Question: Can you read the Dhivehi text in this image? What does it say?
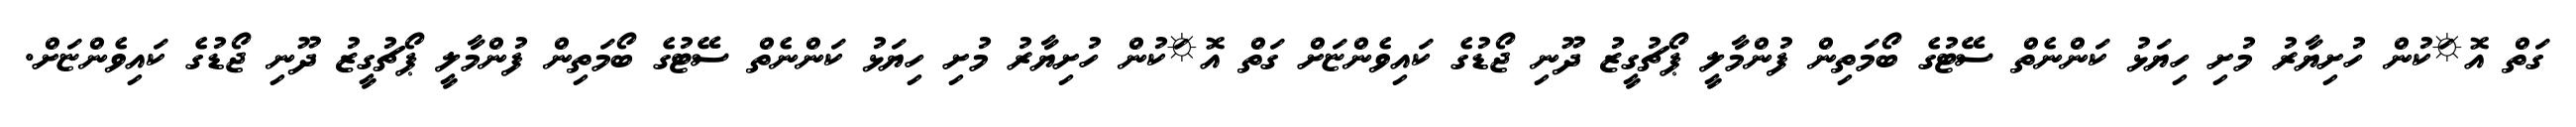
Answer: ގަތް އޮޱަކުން ހުށިޔާރު މުށި ހިޔަޅު ކަންނެތް ސޭޓުގެ ބޯމަތިން ފުންމާލީ ޕޯޗުގީޒު ދޫނި ޖޯޑުގެ ކައިވެންޏަށް ގަތް އޮޱަކުން ހުށިޔާރު މުށި ހިޔަޅު ކަންނެތް ސޭޓުގެ ބޯމަތިން ފުންމާލީ ޕޯޗުގީޒު ދޫނި ޖޯޑުގެ ކައިވެންޏަށް.